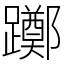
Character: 躑